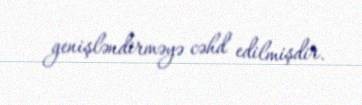
genişləndirməyə cəhd edilmişdir.